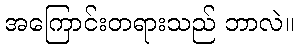
အကြောင်းတရားသည် ဘာလဲ။